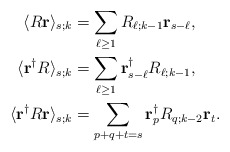
\begin{align*}\langle R\mathbf{r}\rangle_{s;k}&=\sum_{\ell\geq 1}R_{\ell;k-1}\mathbf{r}_{s-\ell},\\\langle \mathbf{r}^\dag R\rangle_{s;k}&=\sum_{\ell\geq 1}\mathbf{r}^\dag_{s-\ell} R_{\ell;k-1},\\\langle \mathbf{r}^\dag R\mathbf{r}\rangle_{s;k}&=\sum_{p+q+t=s}\mathbf{r}^\dag_{p} R_{q;k-2}\mathbf{r}_{t}.\end{align*}